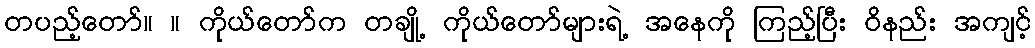
တပည့်တော်။ ။ ကိုယ်တော်က တချို့ ကိုယ်တော်များရဲ့ အနေကို ကြည့်ပြီး ဝိနည်း အကျင့်